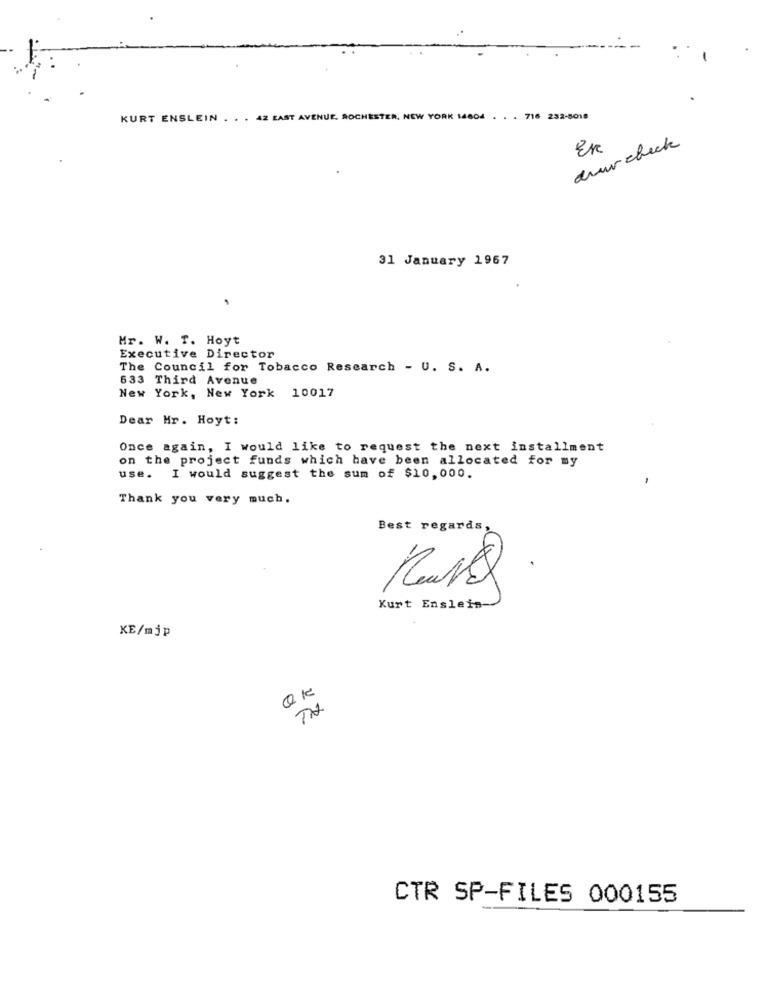
KURT ENSLEIN . . . 42 EAST AVENUE, ROCHESTER, NEW YORK 14604 . . . 716 232-5018
duur check
En
31 January 1967
Mr. W. T. Hoyt
Executive Director
The Council for Tobacco Research - U. S. A.
633 Third Avenue
New York, New York 10017
Dear Mr. Hoyt:
Once again, I would like to request the next installment
on the project funds which have been allocated for my
use.
I would suggest the sum of $10,000.
-
Thank you very much.
Best regards,
Kurt Enslein
KE/mjp
CTR SP-FILES 000155